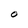
Character: O